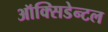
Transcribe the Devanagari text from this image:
ऑक्सिडेन्टल